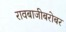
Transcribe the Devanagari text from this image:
रावबाजीबरोबर